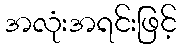
အလုံးအရင်းဖြင့်